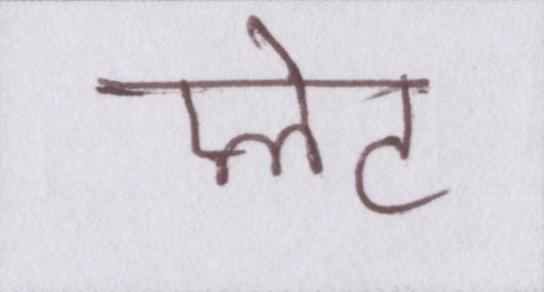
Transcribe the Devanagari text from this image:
प्लेट